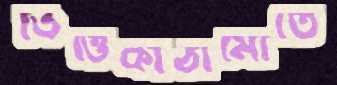
ভিত্তিকাঠামোতে